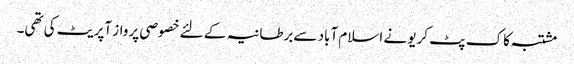
مشتبہ کاک پٹ کریو نے اسلام آباد سےبرطانیہ کے لئے خصوصی پرواز آپریٹ کی تھی۔